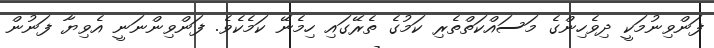
ފަންވިނުމަކީ ދިވެހިންގެ މަސައްކަތްތެރި ކަމުގެ ތެރޭގައި ހިމެނޭ ކަމެކެވެ. ފަންވިންނަނީ އެވިޔާ ފަނުން